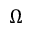
\Omega